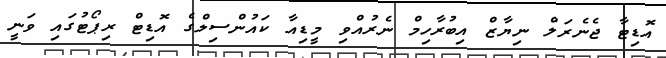
އޮޑިޓާ ޖެނެރަލް ނިޔާޒް އިބުރާހިމް ނެރުއްވި މީޑިއާ ކައުންސިލްގެ އޮޑިޓް ރިޕޯޓުގައި ވަނީ